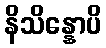
နိသိန္နောပိ